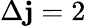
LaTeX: \Delta\mathbf{j}=2